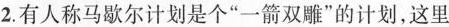
2. 有人称马歇尔计划是个”一箭双雕”的计划，这里